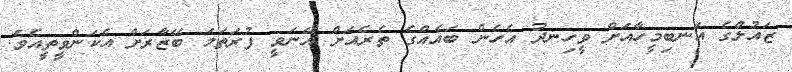
ޒައުލްގެ އަނބިމީހާއަށް ވީހިނދު އެހެން ބައެއްގެ ތެރެއަށް އޭނަވީ ފުރަތަމަ ބޭޒާރަށް އެކަންވީތީއެވެ.